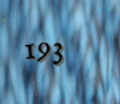
193